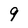
Character: 9